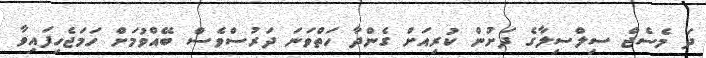
ދަ މެސެޖް ސިލްސިލާގެ ދަށުން ކުރިއަށް ގެންދާ ހަތްވަނަ ދަރުސްވެސް ބޭއްވުމަށް ހަމަޖެހިފައިވާ